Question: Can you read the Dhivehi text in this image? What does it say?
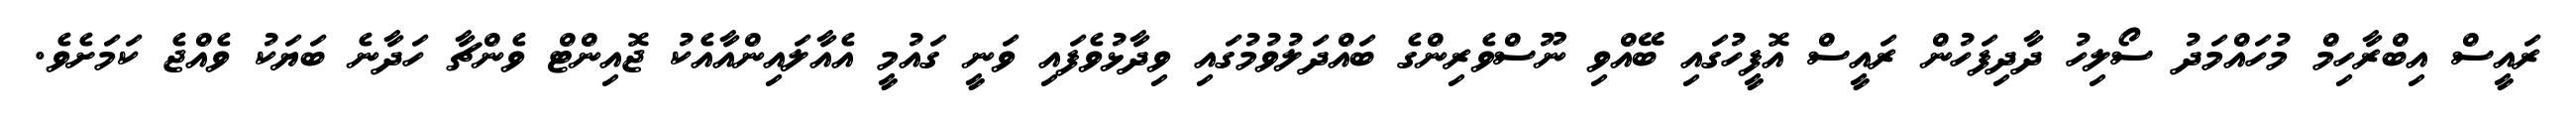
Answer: ރައީސް އިބްރާހިމް މުހައްމަދު ސޯލިހު ދާދިފަހުން ރައީސް އޮފީހުގައި ބޭއްވި ނޫސްވެރިންގެ ބައްދަލުވުމުގައި ވިދާޅުވެފައި ވަނީ ގައުމީ އެއާލައިންއާއެކު ޖޮއިންޓް ވެންޗާ ހަދާނެ ބަޔަކު ވެއްޖެ ކަމަށެވެ.